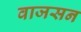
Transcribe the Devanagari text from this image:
वाजसन